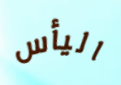
اليأس